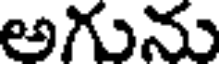
అగును